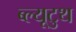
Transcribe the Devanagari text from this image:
ब्ल्यूटुथ